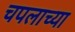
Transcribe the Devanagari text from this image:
चपलाच्या